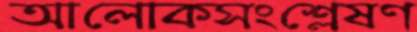
আলোকসংশ্লেষণ